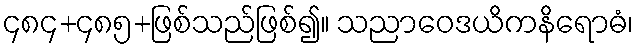
၄၈၄+၄၈၅+ဖြစ်သည်ဖြစ်၍။ သညာဝေဒယိကနိရောဓံ၊